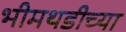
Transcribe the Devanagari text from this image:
भीमथडीच्या